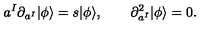
a ^ { I } \partial _ { a ^ { I } } | \phi \rangle = s | \phi \rangle , \qquad \partial _ { a ^ { I } } ^ { 2 } | \phi \rangle = 0 .